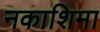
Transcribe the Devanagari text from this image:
नकाशिमा